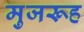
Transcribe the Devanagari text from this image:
मुजरूह